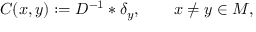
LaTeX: C ( x , y ) : = D ^ { - 1 } * \delta _ { y } , \qquad x \neq y \in M ,